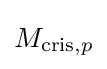
M_{\operatorname {cris} ,p}